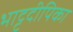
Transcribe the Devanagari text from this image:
भाट्टदीपिका